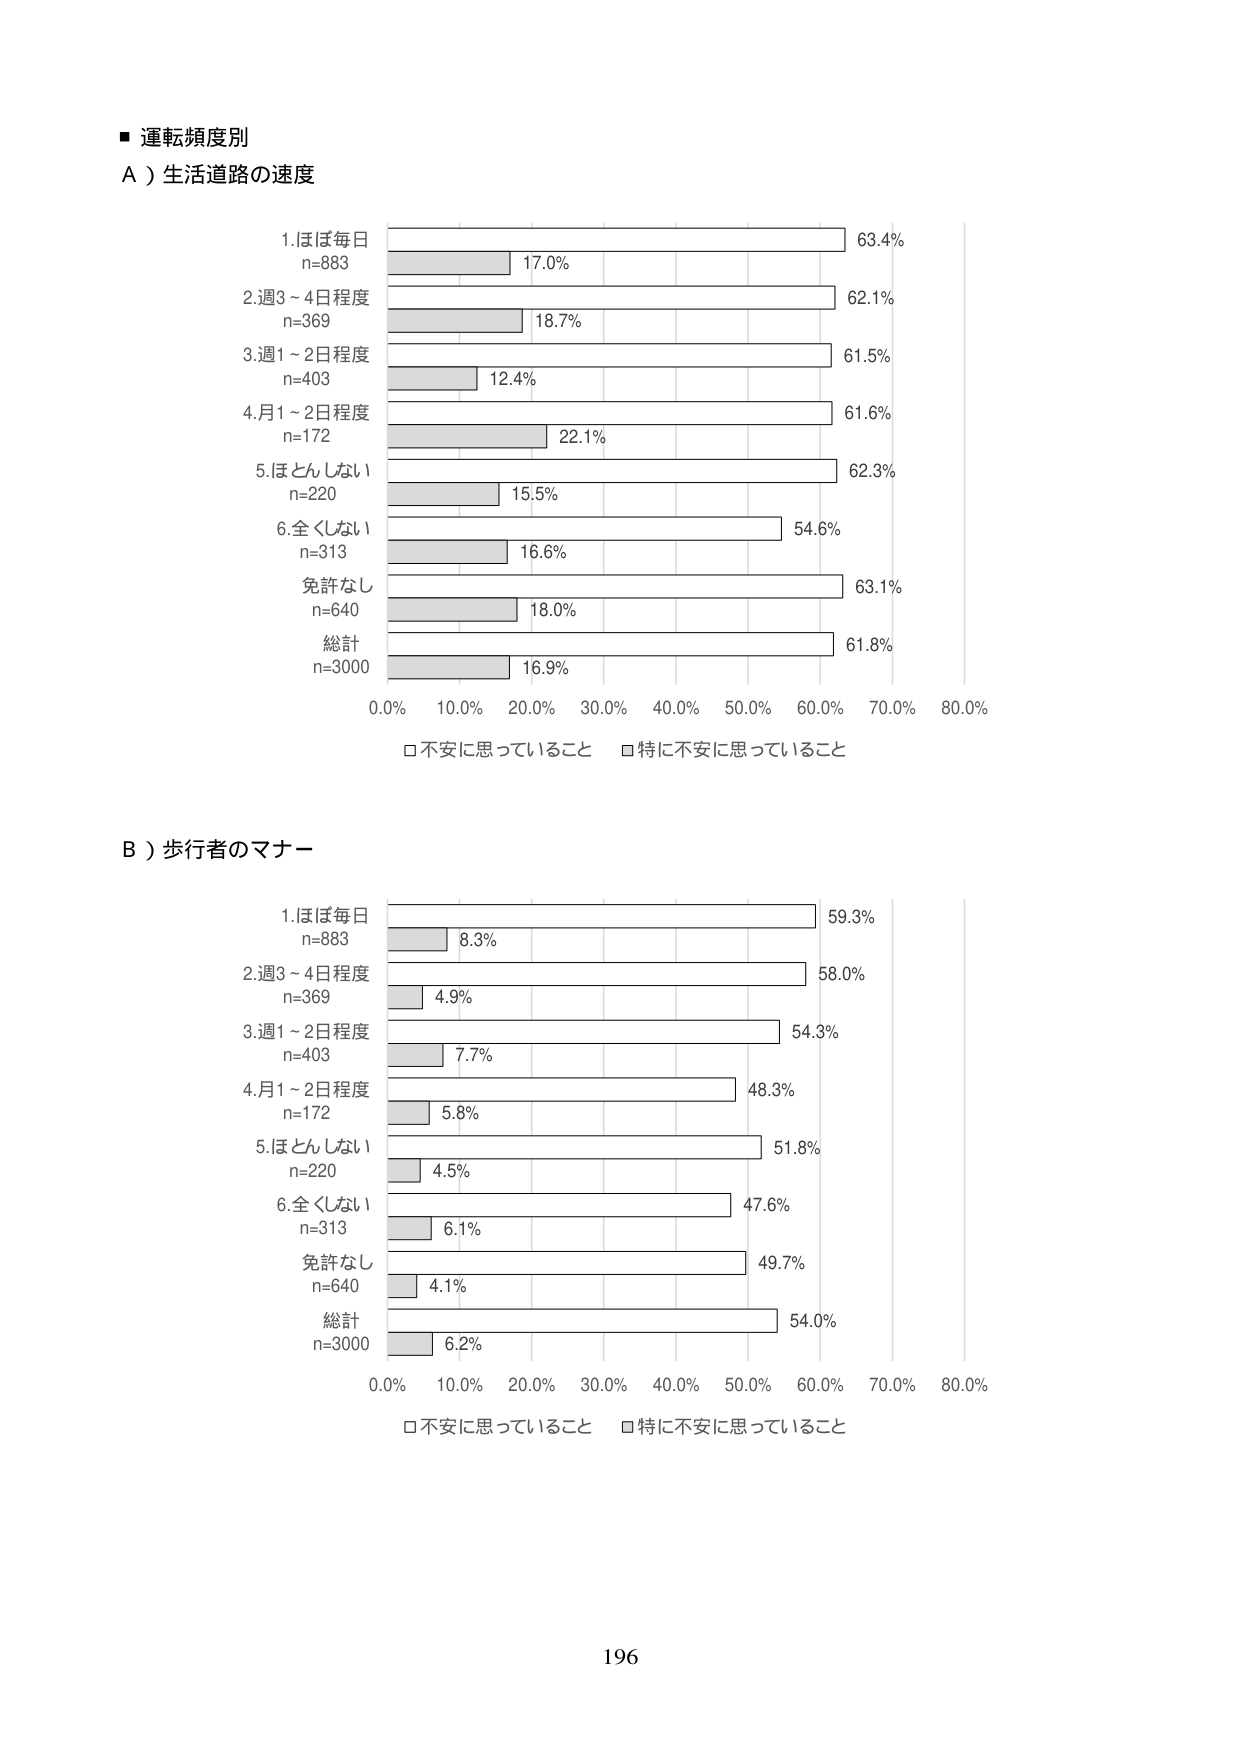
■ 運転頻度別
A）生活道路の速度

1.ほぼ毎日
n=883
17.0% 63.4%

2.週3～4日程度
n=369
18.7% 62.1%

3.週1～2日程度
n=403
12.4% 61.5%

4.月1～2日程度
n=172
22.1% 61.6%

5.ほとんどしない
n=220
15.5% 62.3%

6.全くしない
n=313
16.6% 54.6%

免許なし
n=640
18.0% 63.1%

総計
n=3000
16.9% 61.8%

0.0% 10.0% 20.0% 30.0% 40.0% 50.0% 60.0% 70.0% 80.0%
□不安に思っていること □特に不安に思っていること

B）歩行者のマナー

1.ほぼ毎日
n=883
8.3% 59.3%

2.週3～4日程度
n=369
4.9% 58.0%

3.週1～2日程度
n=403
7.7% 54.3%

4.月1～2日程度
n=172
5.8% 48.3%

5.ほとんどしない
n=220
4.5% 51.8%

6.全くしない
n=313
6.1% 47.6%

免許なし
n=640
4.1% 49.7%

総計
n=3000
6.2% 54.0%

0.0% 10.0% 20.0% 30.0% 40.0% 50.0% 60.0% 70.0% 80.0%
□不安に思っていること □特に不安に思っていること

196